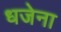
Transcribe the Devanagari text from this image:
धजेना